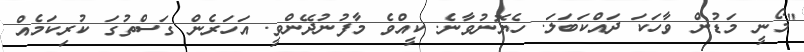
"މޯނީ މަޑުން ވާހަކަ ދައްކަބަލަ. ހެޔޮނުވާނެ. ކީއްވެ މާފުނުދޭންވީ. އަހަރެން ގަސްތުގަ ކުރިކަމެއް